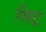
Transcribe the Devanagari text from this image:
सिट्र